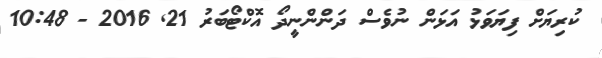
ކުރިޔަށް ފިޔަވަޅު އަޅަން ނުވެސް ދަންންނީދޯ އޮކްޓޯބަރު 21